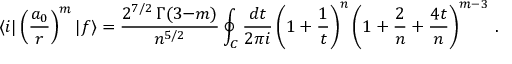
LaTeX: \langle i | \left( { \frac { a _ { 0 } } { r } } \right) ^ { m } | f \rangle = { \frac { 2 ^ { 7 / 2 } \, \Gamma ( 3 { - } m ) } { n ^ { 5 / 2 } } } \oint _ { C } { \frac { d t } { 2 \pi i } } \left( 1 + { \frac { 1 } { t } } \right) ^ { n } \left( 1 + { \frac { 2 } { n } } + { \frac { 4 t } { n } } \right) ^ { m - 3 } \, .